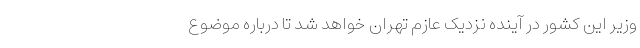
وزیر این کشور در آینده نزدیک عازم تهران خواهد شد تا درباره موضوع